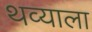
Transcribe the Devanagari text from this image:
थव्याला